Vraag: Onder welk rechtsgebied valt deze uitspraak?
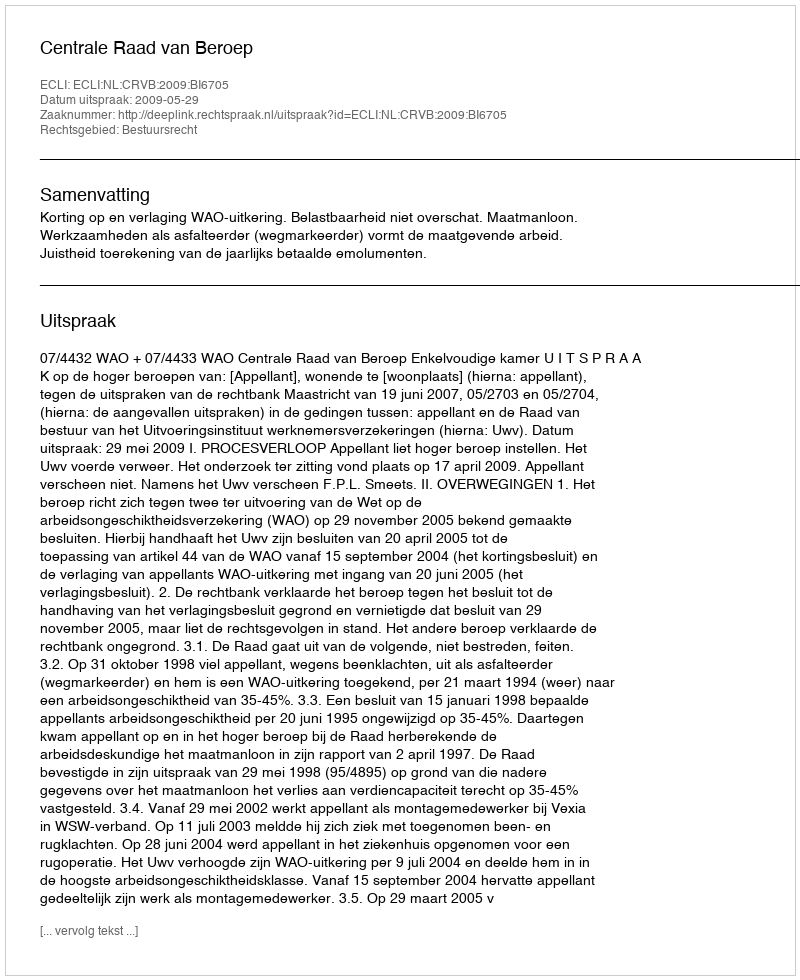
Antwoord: Bestuursrecht